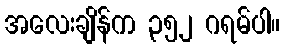
အလေးချိန်က ၃၅၂ ဂရမ်ပါ။